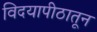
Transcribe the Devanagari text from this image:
विदयापीठातून